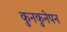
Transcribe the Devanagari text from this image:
कुनकुनेपन